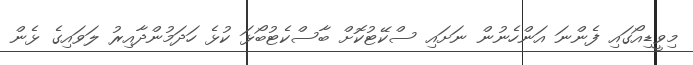
މިވީޑިއޯގައި ފެންނަ އަންހެނުން ނަށައި ސްކޭޓުކޮށް ބާސްކެޓުބޯޅަ ކުޅެ ހަދަމުންދާއިރު ލަވައިގެ ޅެން